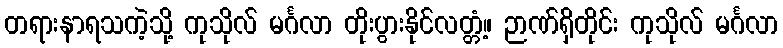
တရားနာရသကဲ့သို့ ကုသိုလ် မင်္ဂလာ တိုးပွားနိုင်လတ္တံ့။ ဉာဏ်ရှိတိုင်း ကုသိုလ် မင်္ဂလာ